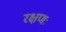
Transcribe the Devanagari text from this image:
रक्षणः